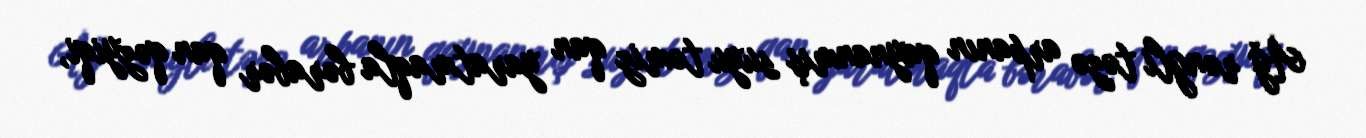
Ağ rəngli təzə arpanın qaynanmış suyu təmiz qan yaratmaqla bərabər qan qəzyiqi,